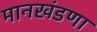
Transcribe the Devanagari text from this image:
मानखंडणा